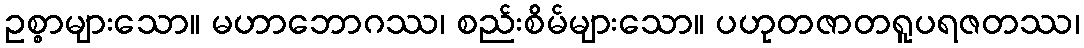
ဥစ္စာများသော။ မဟာဘောဂဿ၊ စည်းစိမ်များသော။ ပဟုတဇာတရူပရဇတဿ၊